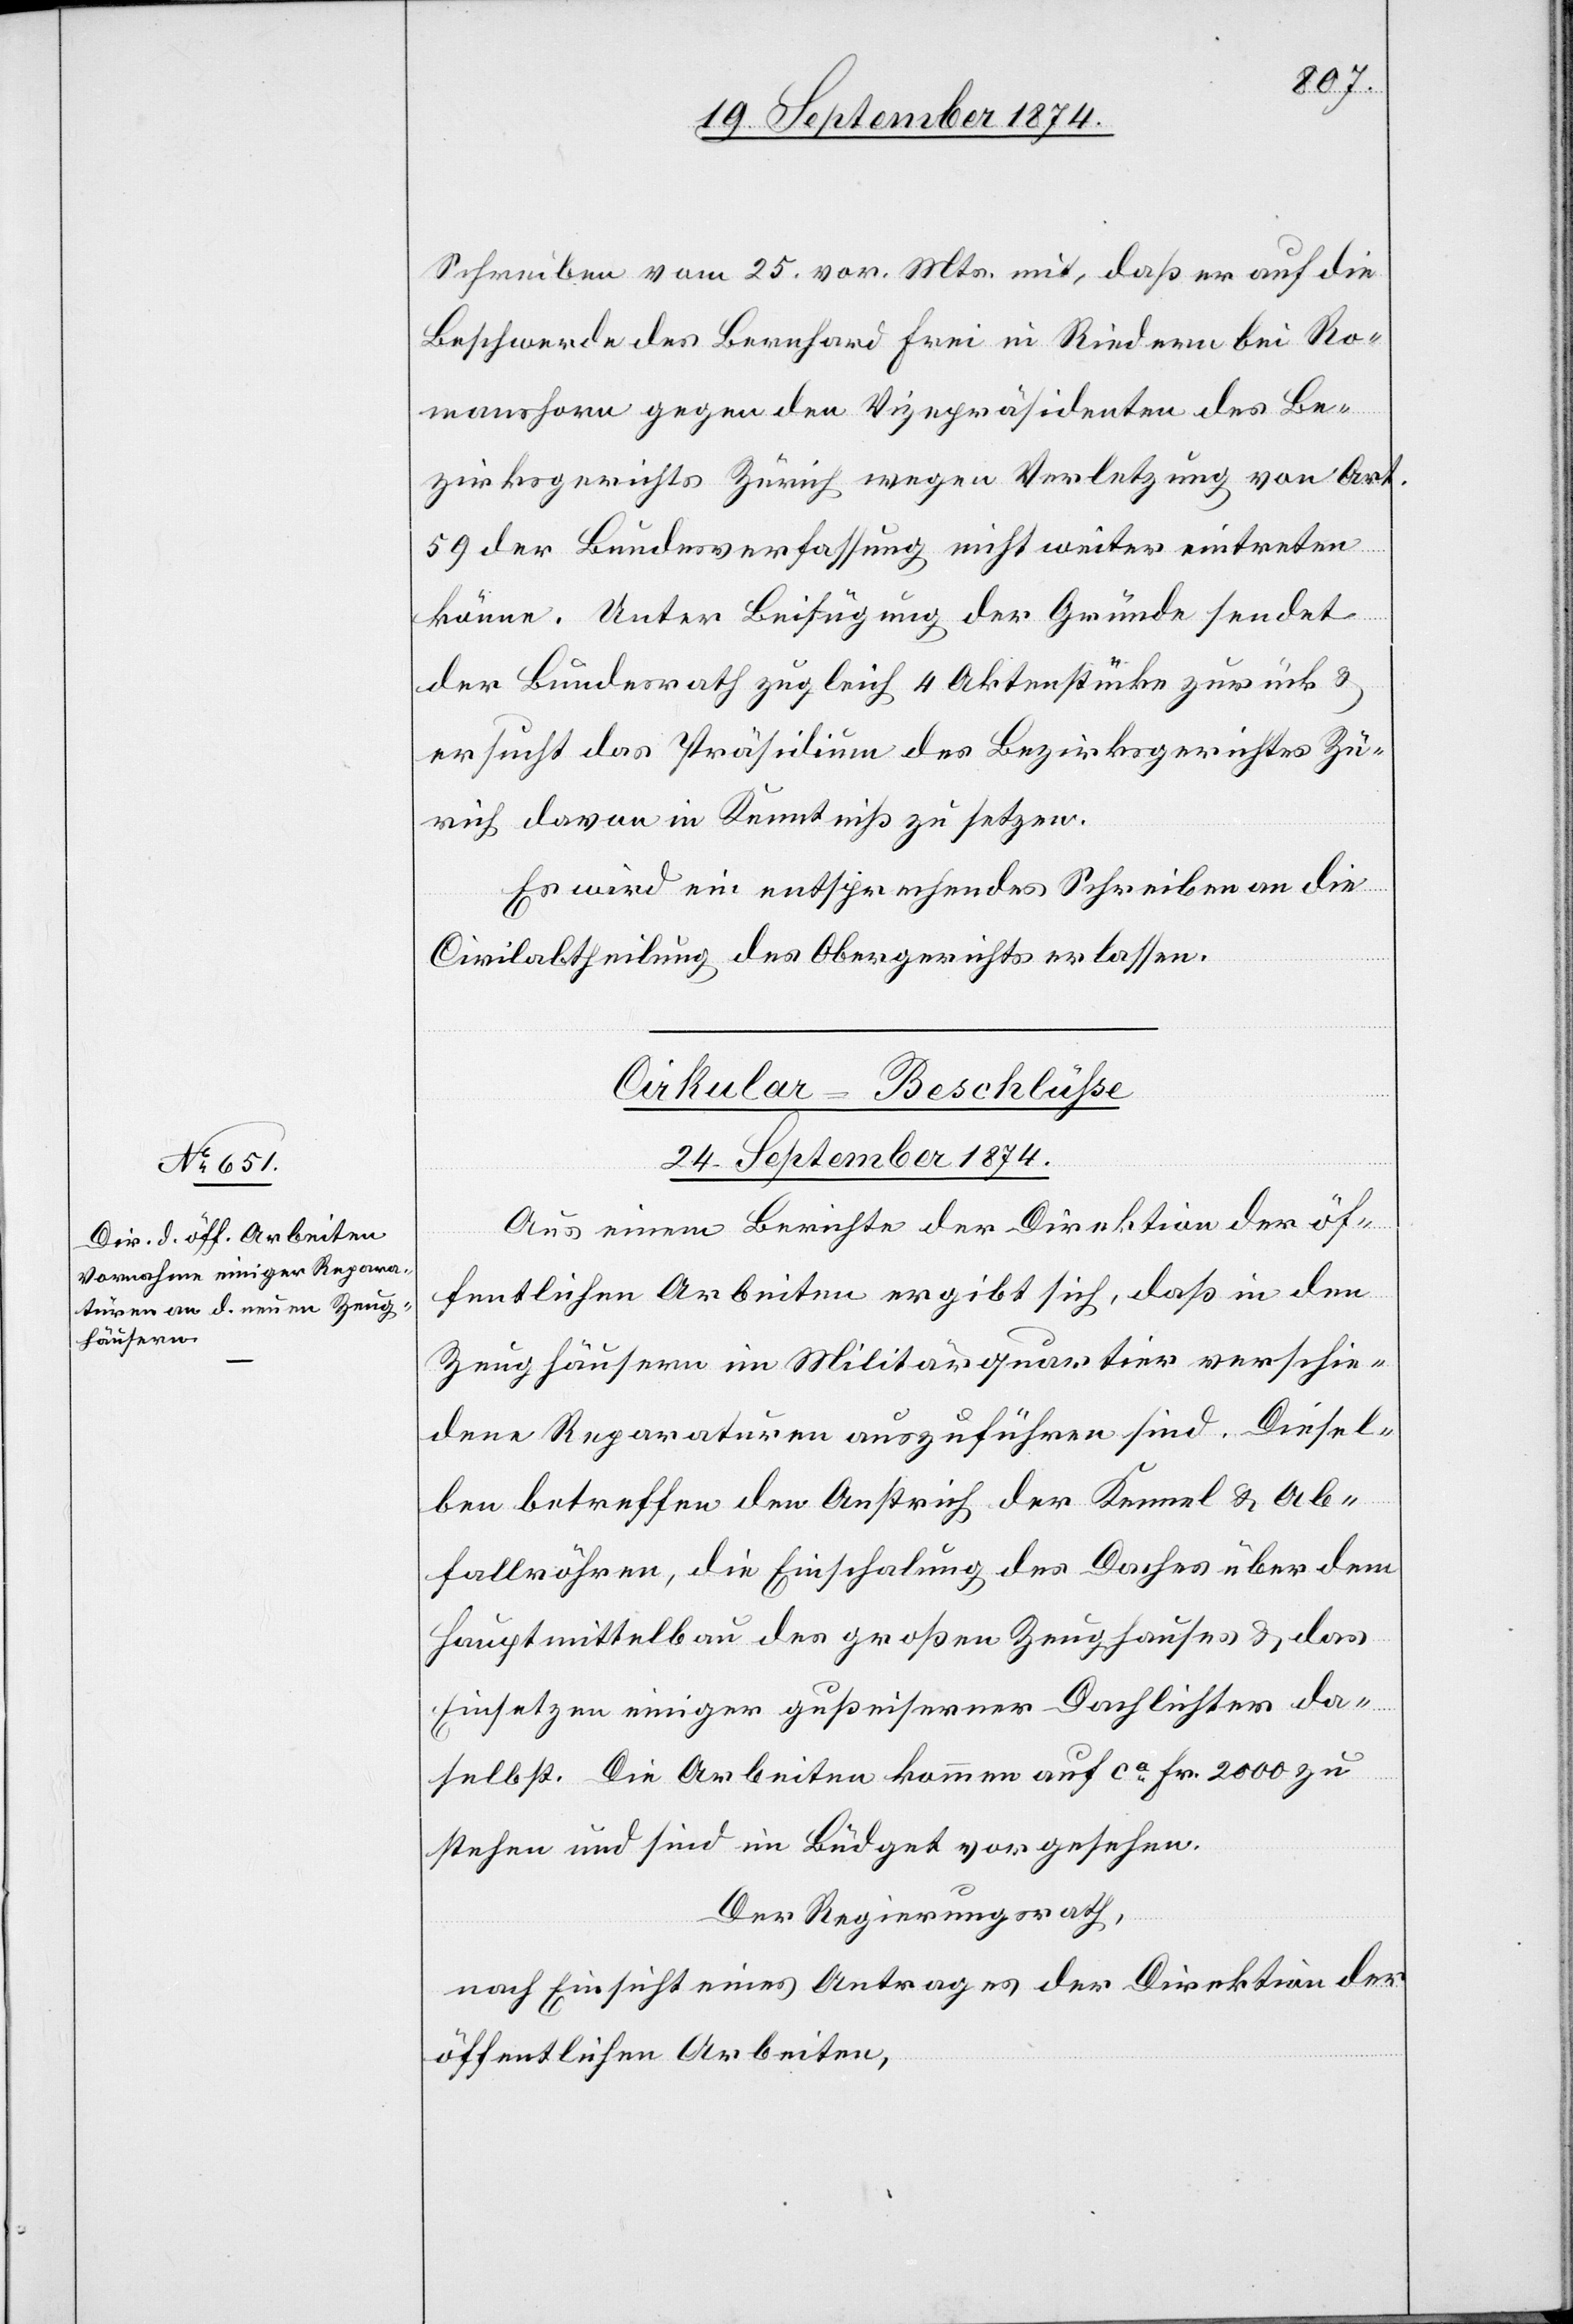
Schreiben vom 25. vor. Mts. mit, daß er auf die
Beschwerde des Bernhard Frei in Riedern bei Ro¬
manshorn gegen den Vizepräsidenten des Be¬
zirksgerichts Zürich wegen Verletzung von Art.
59 der Bundesverfassung nicht weiter eintreten
könne. Unter Beifügung der Gründe sendet
der Bundesrath zugleich 4 Aktenstücke zurück &
ersucht das Präsidium des Bezirksgerichtes Zü¬
rich davon in Kenntniß zu setzen.
Es wird ein entsprechendes Schreiben an die
Civilabtheilung des Obergerichtes erlassen.
Cirkular-Beschlüße
24. September 1874.
Aus einem Berichte der Direktion der öf¬
fentlichen Arbeiten ergibt sich, daß in den
Zeughäusern im Militärquartier verschie¬
dene Reparaturen auszuführen sind. Diesel¬
ben betreffen den Anstrich der Kennel & Ab¬
fallröhren, die Einschalung des Daches über dem
Hauptmittelbau des großen Zeughauses & das
Einsetzen einiger gußeiserner Dachlichter da¬
selbst. Die Arbeiten kommen auf ca Fr. 2000 zu
stehen und sind im Büdget vorgesehen.
Der Regierungsrath,
nach Einsicht eines Antrages der Direktion der
öffentlichen Arbeiten,